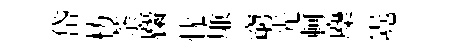
岱枋荼麕忧廉窮光軻麋嶤